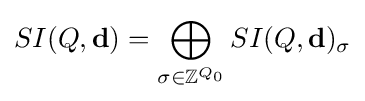
SI(Q,\mathbf {d} )=\bigoplus _{\sigma \in \mathbb {Z} ^{Q_{0}}}SI(Q,\mathbf {d} )_{\sigma }